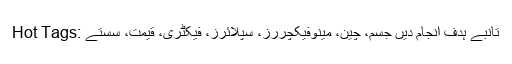
Hot Tags: تانبے ہدف انجام دیں جسم، چین، مینوفیکچررز، سپلائرز، فیکٹری، قیمت، سستے